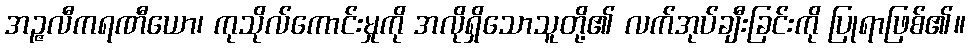
အဉ္ဇလီကရဏီယော၊ ကုသိုလ်ကောင်းမှုကို အလိုရှိသောသူတို့၏ လက်အုပ်ချီးခြင်းကို ပြုရာဖြစ်၏။